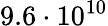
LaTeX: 9.6\cdot 10^{10}